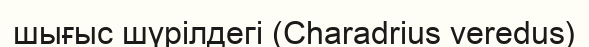
шығыс шүрілдегі (Charadrius veredus)